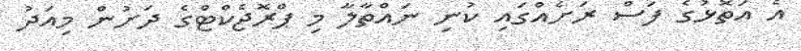
އެ އަތޮޅުގެ ފަސް ރަށެއްގައި ކުނި ނައްތާލާ މި ޕްރޮޖެކްޓްގެ ދަށުން މިއަދު